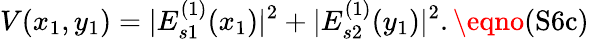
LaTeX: V(x_{1},y_{1})=|E_{s1}^{(1)}(x_{1})|^{2}+|E_{s2}^{(1)}(y_{1})|^{2}.\eqno{(\textrm{S6c})}